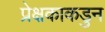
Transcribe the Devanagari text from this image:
प्रेक्षकाकडुन